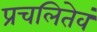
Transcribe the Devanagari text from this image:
प्रचलितेवं